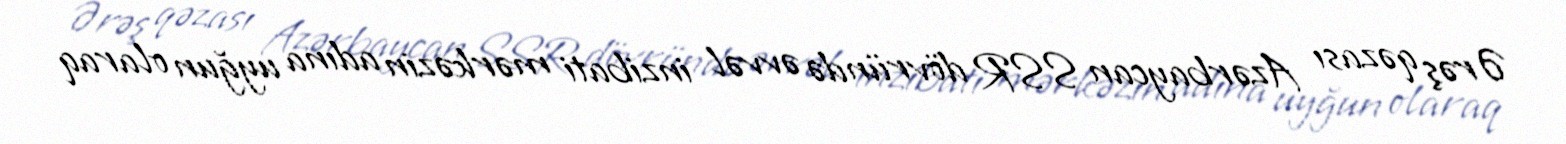
Ərəş qəzası Azərbaycan SSR dövründə əvvəl inzibati mərkəzin adına uyğun olaraq